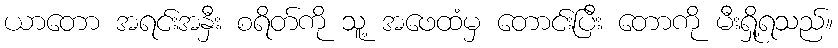
ယာတော အရင်းအနှီး စရိတ်ကို သူ့ အဖေထံမှ တောင်းပြီး တောကို မီးရှို့ရသည်။